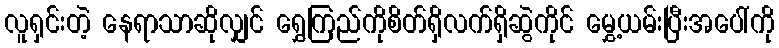
လူရှင်းတဲ့ နေရာသာဆိုလျှင် ရွှေကြည်ကိုစိတ်ရှိလက်ရှိဆွဲကိုင် မွှေ့ယမ်းပြီးအပေါ်ကို